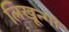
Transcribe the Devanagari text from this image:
लिखून्गा